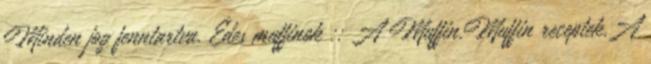
Minden jog fenntartva. Édes muffinok :: A Muffin.Muffin receptek.A